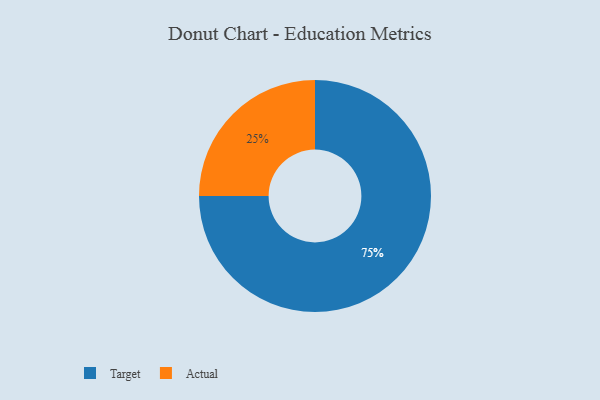
{"axis": {"x": "Category", "y": "Percentage"}, "legend": ["Actual", "Target"], "data": [{"x": "Target", "y": 75, "type": "Target"}, {"x": "Actual", "y": 25, "type": "Actual"}]}